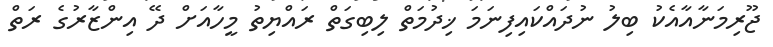
ޖޫރިމަނާއާއެކު ބިލު ނުދައްކައިފިނަމަ ޚިދުމަތް ލިބިގަތް ރައްޔިތު މީހާއަށް ދޭ އިންޒާރުގެ ރަތް